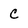
Character: C